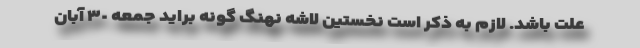
علت باشد. لازم به ذکر است نخستین لاشه نهنگ گونه براید جمعه ٣٠ آبان